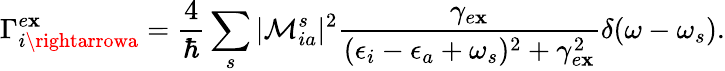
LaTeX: \Gamma_{i\rightarrowa}^{e\mathbf{x}}=\frac{{4}}{{\hbar}}\sum_{s}|\mathcal{{M}}_{ia}^{s}|^{2}\frac{{\gamma_{e\mathbf{x}}}}{{(\epsilon_{i}-\epsilon_{a}+\omega_{s})^{2}+\gamma_{e\mathbf{x}}^{2}}}\delta(\omega-\omega_{s}).